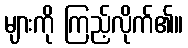
များကို ကြည့်လိုက်၏။